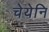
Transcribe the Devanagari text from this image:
चेयेनि